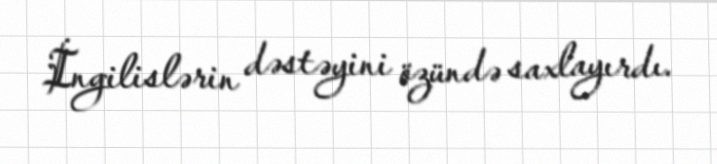
İngilislərin dəstəyini özündə saxlayırdı.